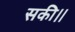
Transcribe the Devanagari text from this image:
सकी।।